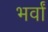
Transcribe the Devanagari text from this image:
भर्वां